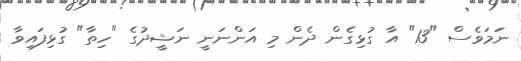
ނަމަވެސް "13" އާ ގުޅިގެން ދެން މި އަންނަނީ ނަޝީދުގެ "ހިތާ" ގުޅިފައިވާ